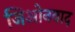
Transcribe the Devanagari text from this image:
जिओनवाद